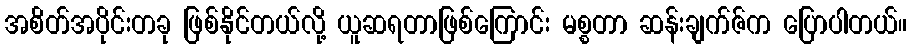
အစိတ်အပိုင်းတခု ဖြစ်နိုင်တယ်လို့ ယူဆရတာဖြစ်ကြောင်း မစ္စတာ ဆန်းချက်ဇ်က ပြောပါတယ်။